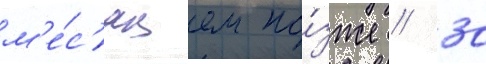
м'е́с'яцем по́зже / 30